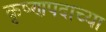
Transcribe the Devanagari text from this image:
कृष्णपदाच्या